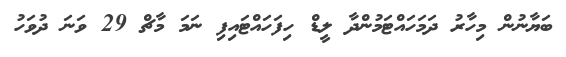
ބަޔާނުން މިހާރު ދަމަހައްޓަމުންދާ ލީޑް ހިފަހައްޓައިފި ނަމަ މާޗް 29 ވަނަ ދުވަހު